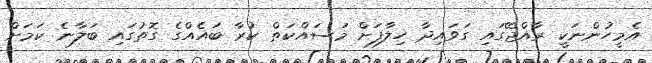
އެމީހުންނަކީ ރާއްޖޭގައި ގަވައިދާ ހިލާފަށް މަސައްކަތް ކުރާ ބައެއްގެ ގޮތުގައި ބަލާނެ ކަމަށް